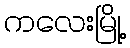
ကလေးမြို့